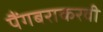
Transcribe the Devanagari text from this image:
पैंगबराकरवी